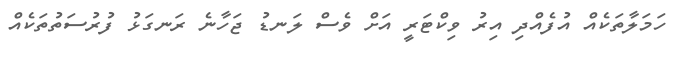
ހަމަލާތަކެއް އުފެއްދި އިރު ވިކްޓަރީ އަށް ވެސް ލަނޑު ޖަހާނެ ރަނގަޅު ފުރުސަތުތަކެއް